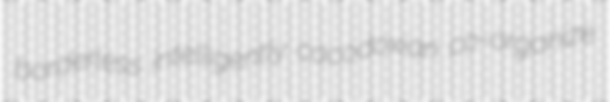
borderless intelligently cacodoxian co-organize